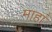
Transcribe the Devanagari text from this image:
माहां